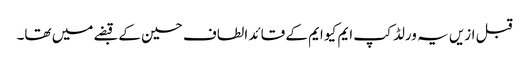
قبل ازیں یہ ورلڈ کپ ایم کیو ایم کے قائد الطاف حسین کے قبضے میں تھا۔